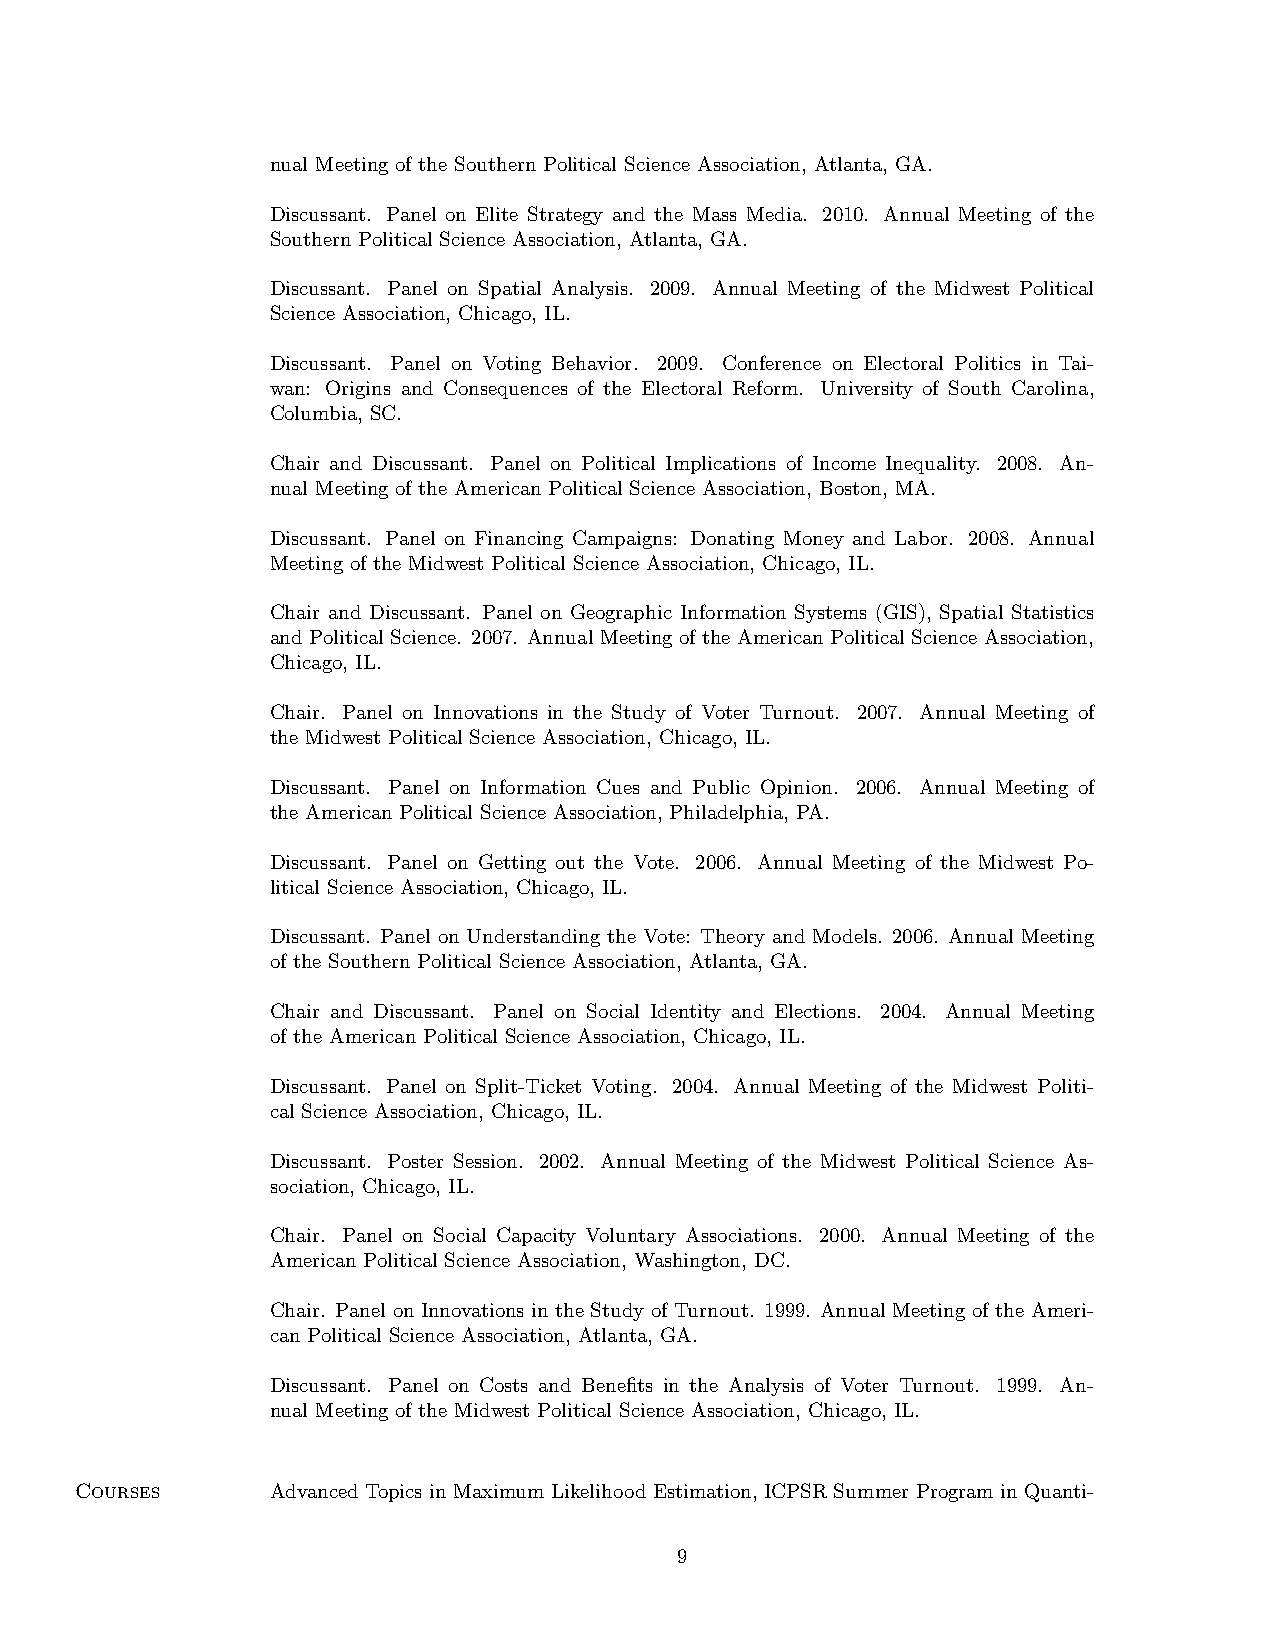
nual Meeting of the Southern Political Science Association, Atlanta, GA.
 Discussant. Panel on Elite Strategy and the Mass Media. 2010. Annual Meeting of the
 Southern Political Science Association, Atlanta, GA.
 Discussant. Panel on Spatial Analysis. 2009. Annual Meeting of the Midwest Political
 Science Association, Chicago, IL.
 Discussant. Panel on Voting Behavior. 2009. Conference on Electoral Politics in Tai-
 wan: Origins and Consequences of the Electoral Reform. University of South Carolina,
 Columbia, SC.
 Chair and Discussant. Panel on Political Implications of Income Inequality. 2008. An-
 nual Meeting of the American Political Science Association, Boston, MA.
 Discussant. Panel on Financing Campaigns: Donating Money and Labor. 2008. Annual
 Meeting of the Midwest Political Science Association, Chicago, IL.
 Chair and Discussant. Panel on Geographic Information Systems (GIS), Spatial Statistics
 and Political Science. 2007. Annual Meeting of the American Political Science Association,
 Chicago, IL.
 Chair. Panel on Innovations in the Study of Voter Turnout. 2007. Annual Meeting of
 the Midwest Political Science Association, Chicago, IL.
 Discussant. Panel on Information Cues and Public Opinion. 2006. Annual Meeting of
 the American Political Science Association, Philadelphia, PA.
 Discussant. Panel on Getting out the Vote. 2006. Annual Meeting of the Midwest Po-
 litical Science Association, Chicago, IL.
 Discussant. Panel on Understanding the Vote: Theory and Models. 2006. Annual Meeting
 of the Southern Political Science Association, Atlanta, GA.
 Chair and Discussant. Panel on Social Identity and Elections. 2004. Annual Meeting
 of the American Political Science Association, Chicago, IL.
 Discussant. Panel on Split-Ticket Voting. 2004. Annual Meeting of the Midwest Politi-
 cal Science Association, Chicago, IL.
 Discussant. Poster Session. 2002. Annual Meeting of the Midwest Political Science As-
 sociation, Chicago, IL.
 Chair. Panel on Social Capacity Voluntary Associations. 2000. Annual Meeting of the
 American Political Science Association, Washington, DC.
 Chair. Panel on Innovations in the Study of Turnout. 1999. Annual Meeting of the Ameri-
 can Political Science Association, Atlanta, GA.
 Discussant. Panel on Costs and Benefits in the Analysis of Voter Turnout. 1999. An-
 nual Meeting of the Midwest Political Science Association, Chicago, IL.
 Courses      Advanced Topics in Maximum Likelihood Estimation, ICPSR Summer Program in Quanti-
 9